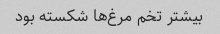
بیشتر تخم مرغ‌ها شکسته بود